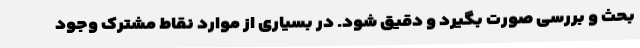
بحث و بررسی صورت بگیرد و دقیق شود. در بسیاری از موارد نقاط مشترک وجود